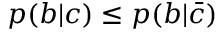
p ( b | c ) \leq p ( b | \bar { c } )